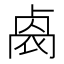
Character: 𠨁